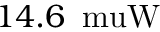
1 4 . 6 \ensuremath { \, \mathrm { \ m u W } }